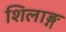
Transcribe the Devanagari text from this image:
शिलाङ्ग